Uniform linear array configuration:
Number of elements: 24
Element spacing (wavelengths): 0.5
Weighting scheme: binomial
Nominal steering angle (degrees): -30
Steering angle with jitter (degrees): -29.492
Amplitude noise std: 0.05
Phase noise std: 0.05

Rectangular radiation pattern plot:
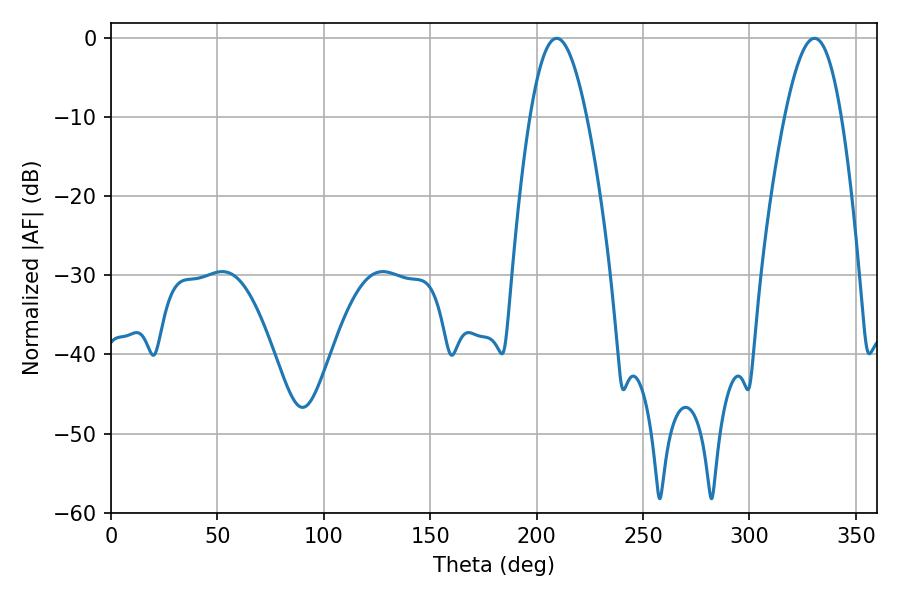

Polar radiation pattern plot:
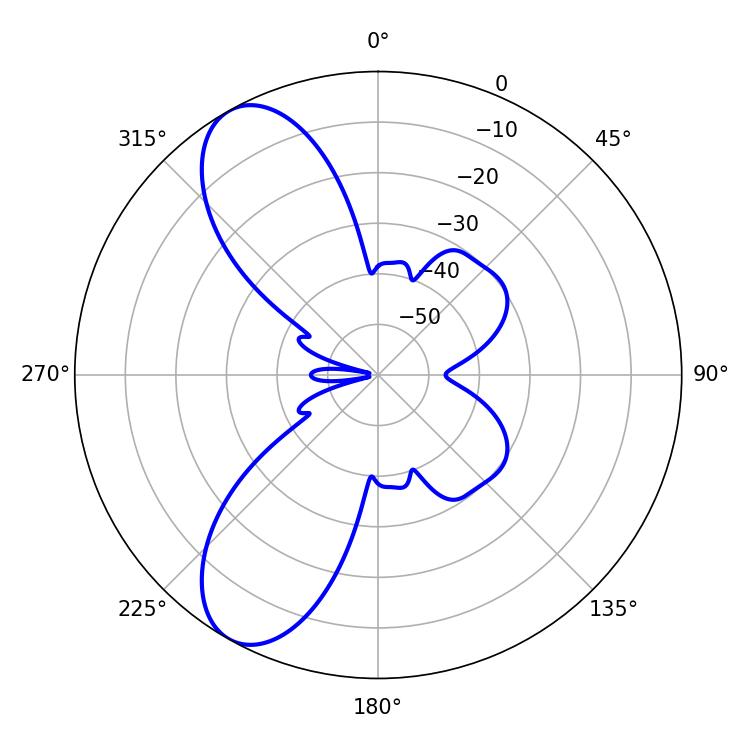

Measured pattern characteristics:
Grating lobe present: FALSE
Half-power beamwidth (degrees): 14.4
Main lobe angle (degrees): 209.34